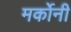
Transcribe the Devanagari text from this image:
मर्कोनी